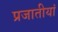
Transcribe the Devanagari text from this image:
प्रजातीयां